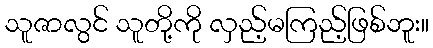
သူဇာလွင် သူတို့ကို လှည့်မကြည့်ဖြစ်ဘူး။